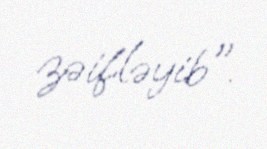
zəifləyib".